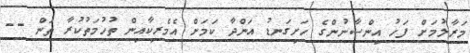
މަރާލުމަށް ފަހު އިންސާނުންގެ ހަށިގަނޑު އަންދާ ކަމަށް އެމެރިކާއިން ތުހުމަތުކުރާ ތަން --